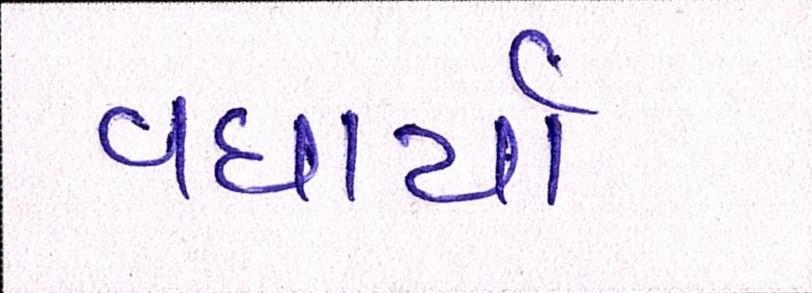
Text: વધાર્યો